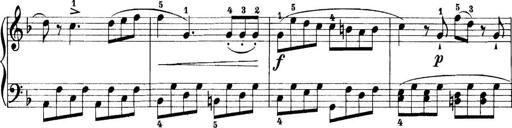
Title: 11 Sonatinas
Composer: Anton Diabelli